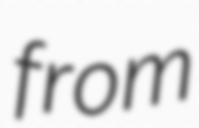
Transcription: from